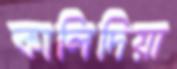
কালিদিয়া